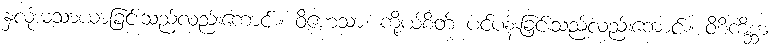
နှလုံးမသာယာခြင်းသည်လည်းကောင်း။ ဝိဟေသာ၊ ကိုယ်စိတ် ပင်ပန်းခြင်းသည်လည်းကောင်း။ ဝိစိကိစ္ဆာ